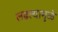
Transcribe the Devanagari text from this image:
लढल्यामुळे